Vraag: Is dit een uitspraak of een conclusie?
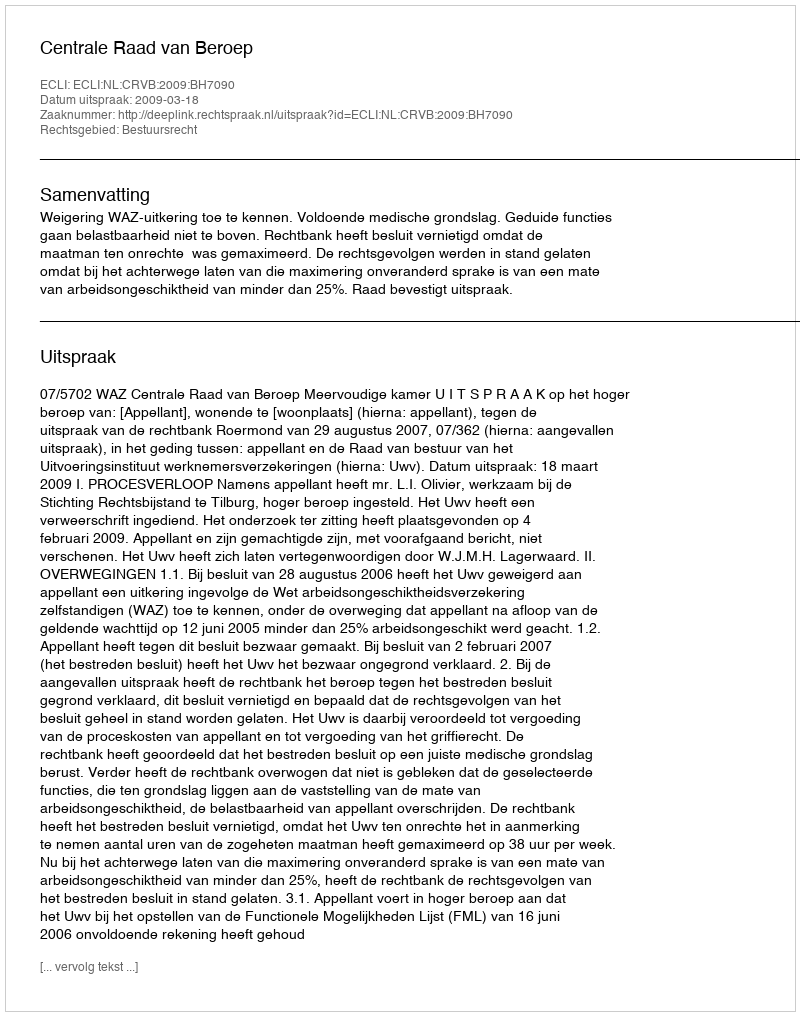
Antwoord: Uitspraak